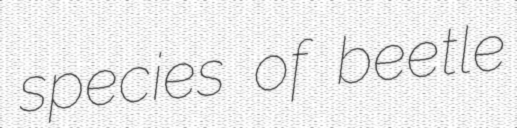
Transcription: species of beetle